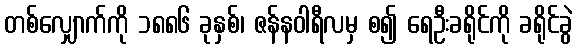
တစ်လျှောက်ကို ၁၈၈၆ ခုနှစ်၊ ဇန်နဝါရီလမှ စ၍ ရေဦးခရိုင်ကို ခရိုင်ခွဲ